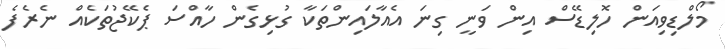
މޯލްޑިވިއަން ހޮލިޑޭސް އިން ވަނީ ގިނަ އެއާލައިންތަކާ ގުޅިގެން ހާއްސަ ޕެކޭޖުތަކެއް ނެރެފެ